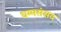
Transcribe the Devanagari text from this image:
धम्मसंसद